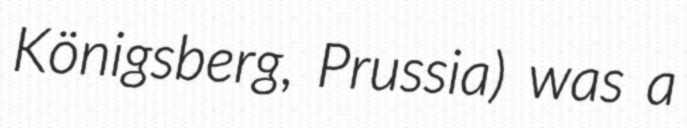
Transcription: Königsberg, Prussia) was a